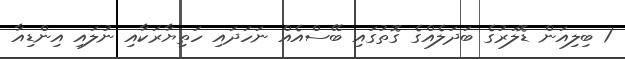
1 ބިލިއަން ޑޮލަރުގެ ބަދަލެއްގެ ގޮތުގައި ބޭސްއެއް ނަހަދައި ހަތިޔާރަކާއި ނުލައި އިންޑިއާ